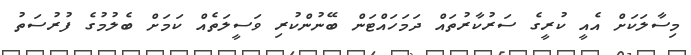
މިސާލަކަށް އެއީ ކުރީގެ ސަރުކާރުތައް ދަމަހައްޓަން ބޭނުންކުރި ވަސީލަތެއް ކަމަށް ބެލުމުގެ ފުރުސަތު